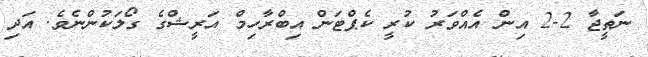
ނަތީޖާ 2-2 އިން އެއްވަރު ކުރީ ކެޕްޓަން އިބްރާހިމް އަރީޝްގެ ގޯލަކުންނެވެ. އަދި